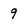
Character: 9